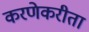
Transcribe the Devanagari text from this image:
करणेकरीता